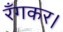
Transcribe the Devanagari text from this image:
रँगकर।